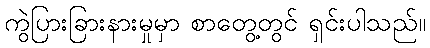
ကွဲပြားခြားနားမှုမှာ စာတွေ့တွင် ရှင်းပါသည်။